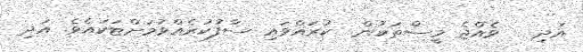
އަދި   ވެއްޖެ މީސްތަކުން  ކުރައްވައި ސާފުކުރެއްވުމަށްޓަކައެވެ. އަދި